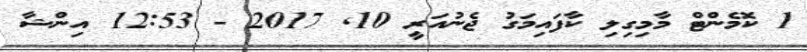
1 ކޮމެންޓް މާމިގިލި ކާފައިމަގު ޖެނުއަރީ 10